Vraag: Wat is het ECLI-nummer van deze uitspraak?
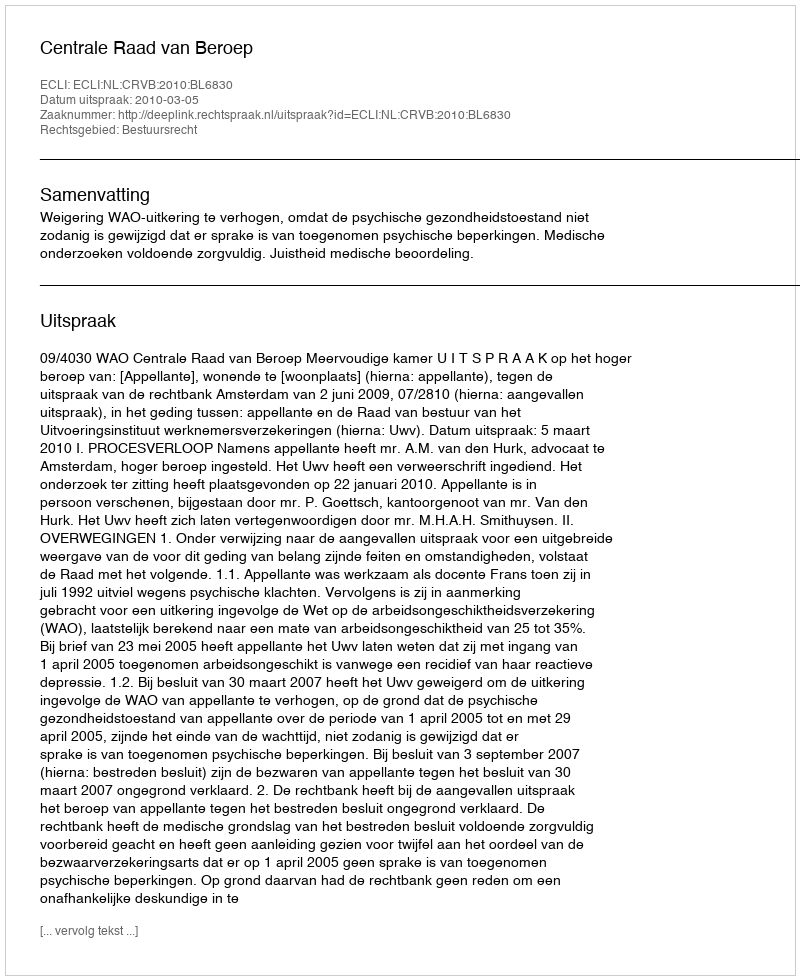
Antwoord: ECLI:NL:CRVB:2010:BL6830